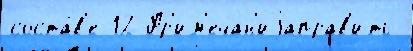
соста́в'е 12 Пр'им'ечан'иjаправ'ить